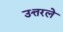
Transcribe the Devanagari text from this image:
उत्तरले